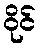
ဝိုင်